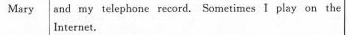
Mary and my telephone record. Sometimes I play on the Internet.